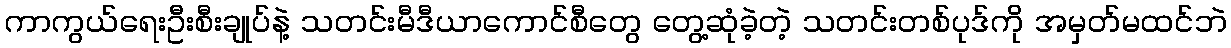
ကာကွယ်ရေးဦးစီးချုပ်နဲ့ သတင်းမီဒီယာကောင်စီတွေ တွေ့ဆုံခဲ့တဲ့ သတင်းတစ်ပုဒ်ကို အမှတ်မထင်ဘဲ